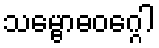
သမ္ဗောဓဝဂ္ဂေါ